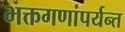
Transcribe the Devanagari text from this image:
भक्तगणांपर्यन्त